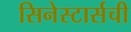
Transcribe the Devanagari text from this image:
सिनेस्टार्सची